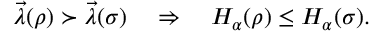
\begin{array} { r } { \vec { \lambda } ( \rho ) \succ \vec { \lambda } ( \sigma ) \quad \Rightarrow \quad H _ { \alpha } ( \rho ) \leq H _ { \alpha } ( \sigma ) . } \end{array}